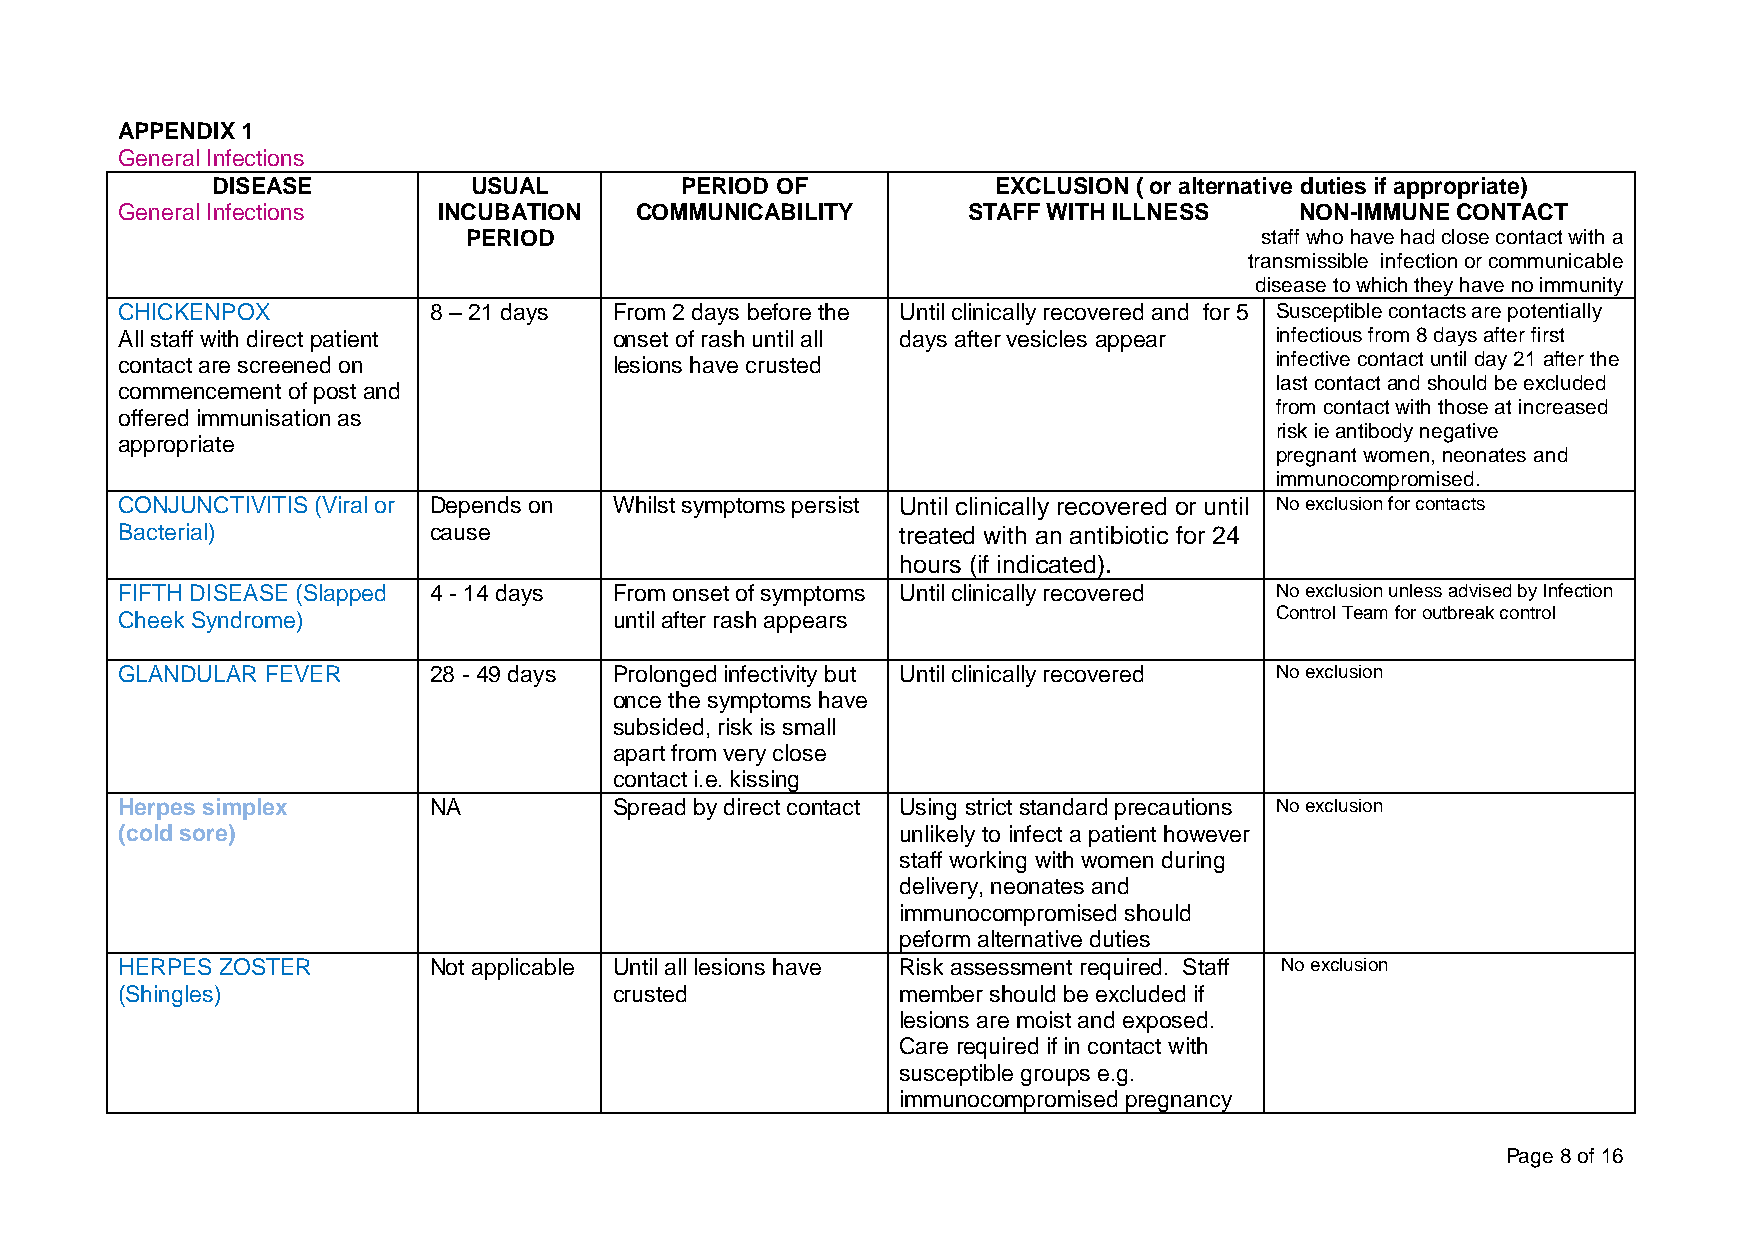
APPENDIX 1
 General Infections
 DISEASE          USUAL         PERIOD OF            EXCLUSION ( or alternative duties if appropriate)
 General Infections   INCUBATION   COMMUNICABILITY       STAFF WITH ILLNESS    NON-IMMUNE CONTACT
 PERIOD                                              staff who have had close contact with a
 transmissible infection or communicable
 disease to which they have no immunity
 CHICKENPOX          8 – 21 days  From 2 days before the Until clinically recovered and for 5 Susceptible contacts are potentially
 All staff with direct patient    onset of rash until all days after vesicles appear infectious from 8 days after first
 contact are screened on          lesions have crusted                       infective contact until day 21 after the
 last contact and should be excluded
 commencement of post and
 from contact with those at increased
 offered immunisation as
 risk ie antibody negative
 appropriate
 pregnant women, neonates and
 immunocompromised.
 CONJUNCTIVITIS (Viral or Depends on Whilst symptoms persist Until clinically recovered or until No exclusion for contacts
 Bacterial)          cause                           treated with an antibiotic for 24
 hours (if indicated).
 FIFTH DISEASE (Slapped 4 - 14 days From onset of symptoms Until clinically recovered No exclusion unless advised by Infection
 Cheek Syndrome)                  until after rash appears                   Control Team for outbreak control
 GLANDULAR FEVER     28 - 49 days Prolonged infectivity but Until clinically recovered No exclusion
 once the symptoms have
 subsided, risk is small
 apart from very close
 contact i.e. kissing
 Herpes simplex      NA           Spread by direct contact Using strict standard precautions No exclusion
 (cold sore)                                         unlikely to infect a patient however
 staff working with women during
 delivery, neonates and
 immunocompromised should
 peform alternative duties
 HERPES ZOSTER       Not applicable Until all lesions have Risk assessment required. Staff No exclusion
 (Shingles)                       crusted            member should be excluded if
 lesions are moist and exposed.
 Care required if in contact with
 susceptible groups e.g.
 immunocompromised pregnancy
 Page 8 of 16